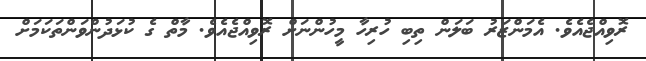
ރޮވިއްޖެއެވެ. އެމަންޒަރު ބަލަން ތިބި ހުރިހާ މީހުންނަށް ރޮވިއްޖެއެވެ. މާތް ގެ ކުޅަދުންވަންތަކަމަށް